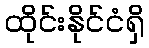
ထိုင်းနိုင်ငံရှိ